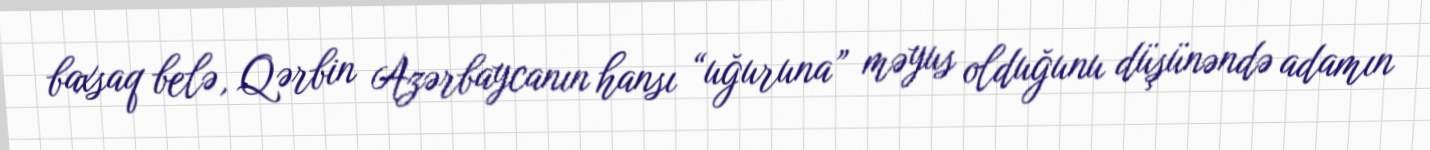
baxsaq belə, Qərbin Azərbaycanın hansı “uğuruna” məyus olduğunu düşünəndə adamın